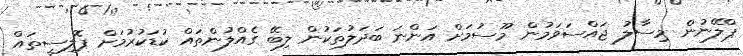
ޕްލޭނުން މިސާލު ޖައްސަވަމުން މޫސުމަށް އަންނަ ބަދަލުތަކުން ލިބޭ ގެއްލުންތައް ކުޑަކުރުމަށް ޕޮލިސީތައް